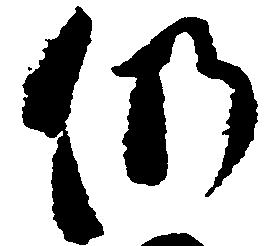
仍